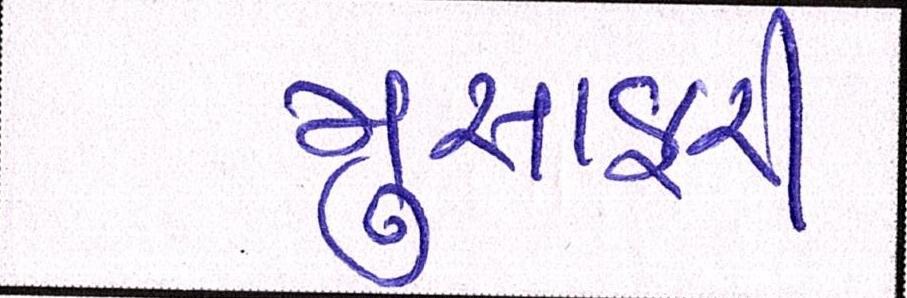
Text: મુસાફરી